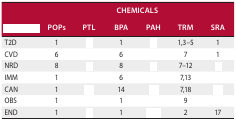
<table><thead><tr><td>[EMPTY_CELL]</td><td colspan="7"><b>CHEMICALS</b></td></tr><tr><td>[EMPTY_CELL]</td><td><b>POPs</b></td><td><b>PTL</b></td><td><b>BPA</b></td><td><b>PAH</b></td><td><b>TRM</b></td><td><b>SRA</b></td></tr></thead><tbody><tr><td>T2D</td><td>1</td><td>[EMPTY_CELL]</td><td>1</td><td>[EMPTY_CELL]</td><td>1,3–5</td><td>1</td></tr><tr><td>CVD</td><td>6</td><td>[EMPTY_CELL]</td><td>6</td><td>[EMPTY_CELL]</td><td>7</td><td>1</td></tr><tr><td>NRD</td><td>8</td><td>[EMPTY_CELL]</td><td>8</td><td>[EMPTY_CELL]</td><td>7–12</td><td>[EMPTY_CELL]</td></tr><tr><td>IMM</td><td>1</td><td>[EMPTY_CELL]</td><td>6</td><td>[EMPTY_CELL]</td><td>7,13</td><td>[EMPTY_CELL]</td></tr><tr><td>CAN</td><td>1</td><td>[EMPTY_CELL]</td><td>14</td><td>[EMPTY_CELL]</td><td>7,18</td><td>[EMPTY_CELL]</td></tr><tr><td>OBS</td><td>1</td><td>[EMPTY_CELL]</td><td>1</td><td>[EMPTY_CELL]</td><td>9</td><td>[EMPTY_CELL]</td></tr><tr><td>END</td><td>1</td><td>[EMPTY_CELL]</td><td>1</td><td>[EMPTY_CELL]</td><td>2</td><td>17</td></tr></tbody></table>